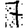
Digit: 7